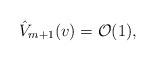
LaTeX: \begin{align*} \hat{V}_{m+1}(v)=\mathcal{O}(1),\end{align*}